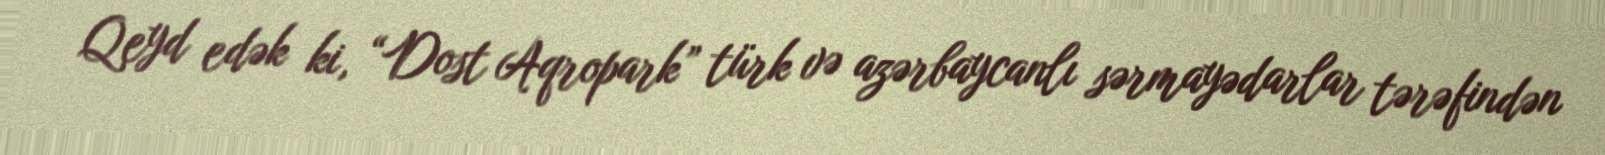
Qeyd edək ki, “Dost Aqropark” türk və azərbaycanlı sərmayədarlar tərəfindən